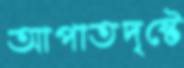
আপাতদৃষ্টে